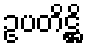
ဥပတိဋ္ဌိ